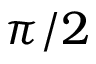
\pi / 2